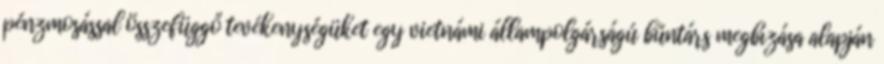
pénzmosással összefüggő tevékenységüket egy vietnámi állampolgárságú bűntárs megbízása alapján